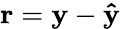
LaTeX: \mathbf{r}=\mathbf{y}-\mathbf{\hat{y}}